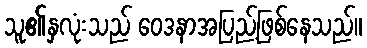
သူ၏နှလုံးသည် ဝေဒနာအပြည့်ဖြစ်နေသည်။